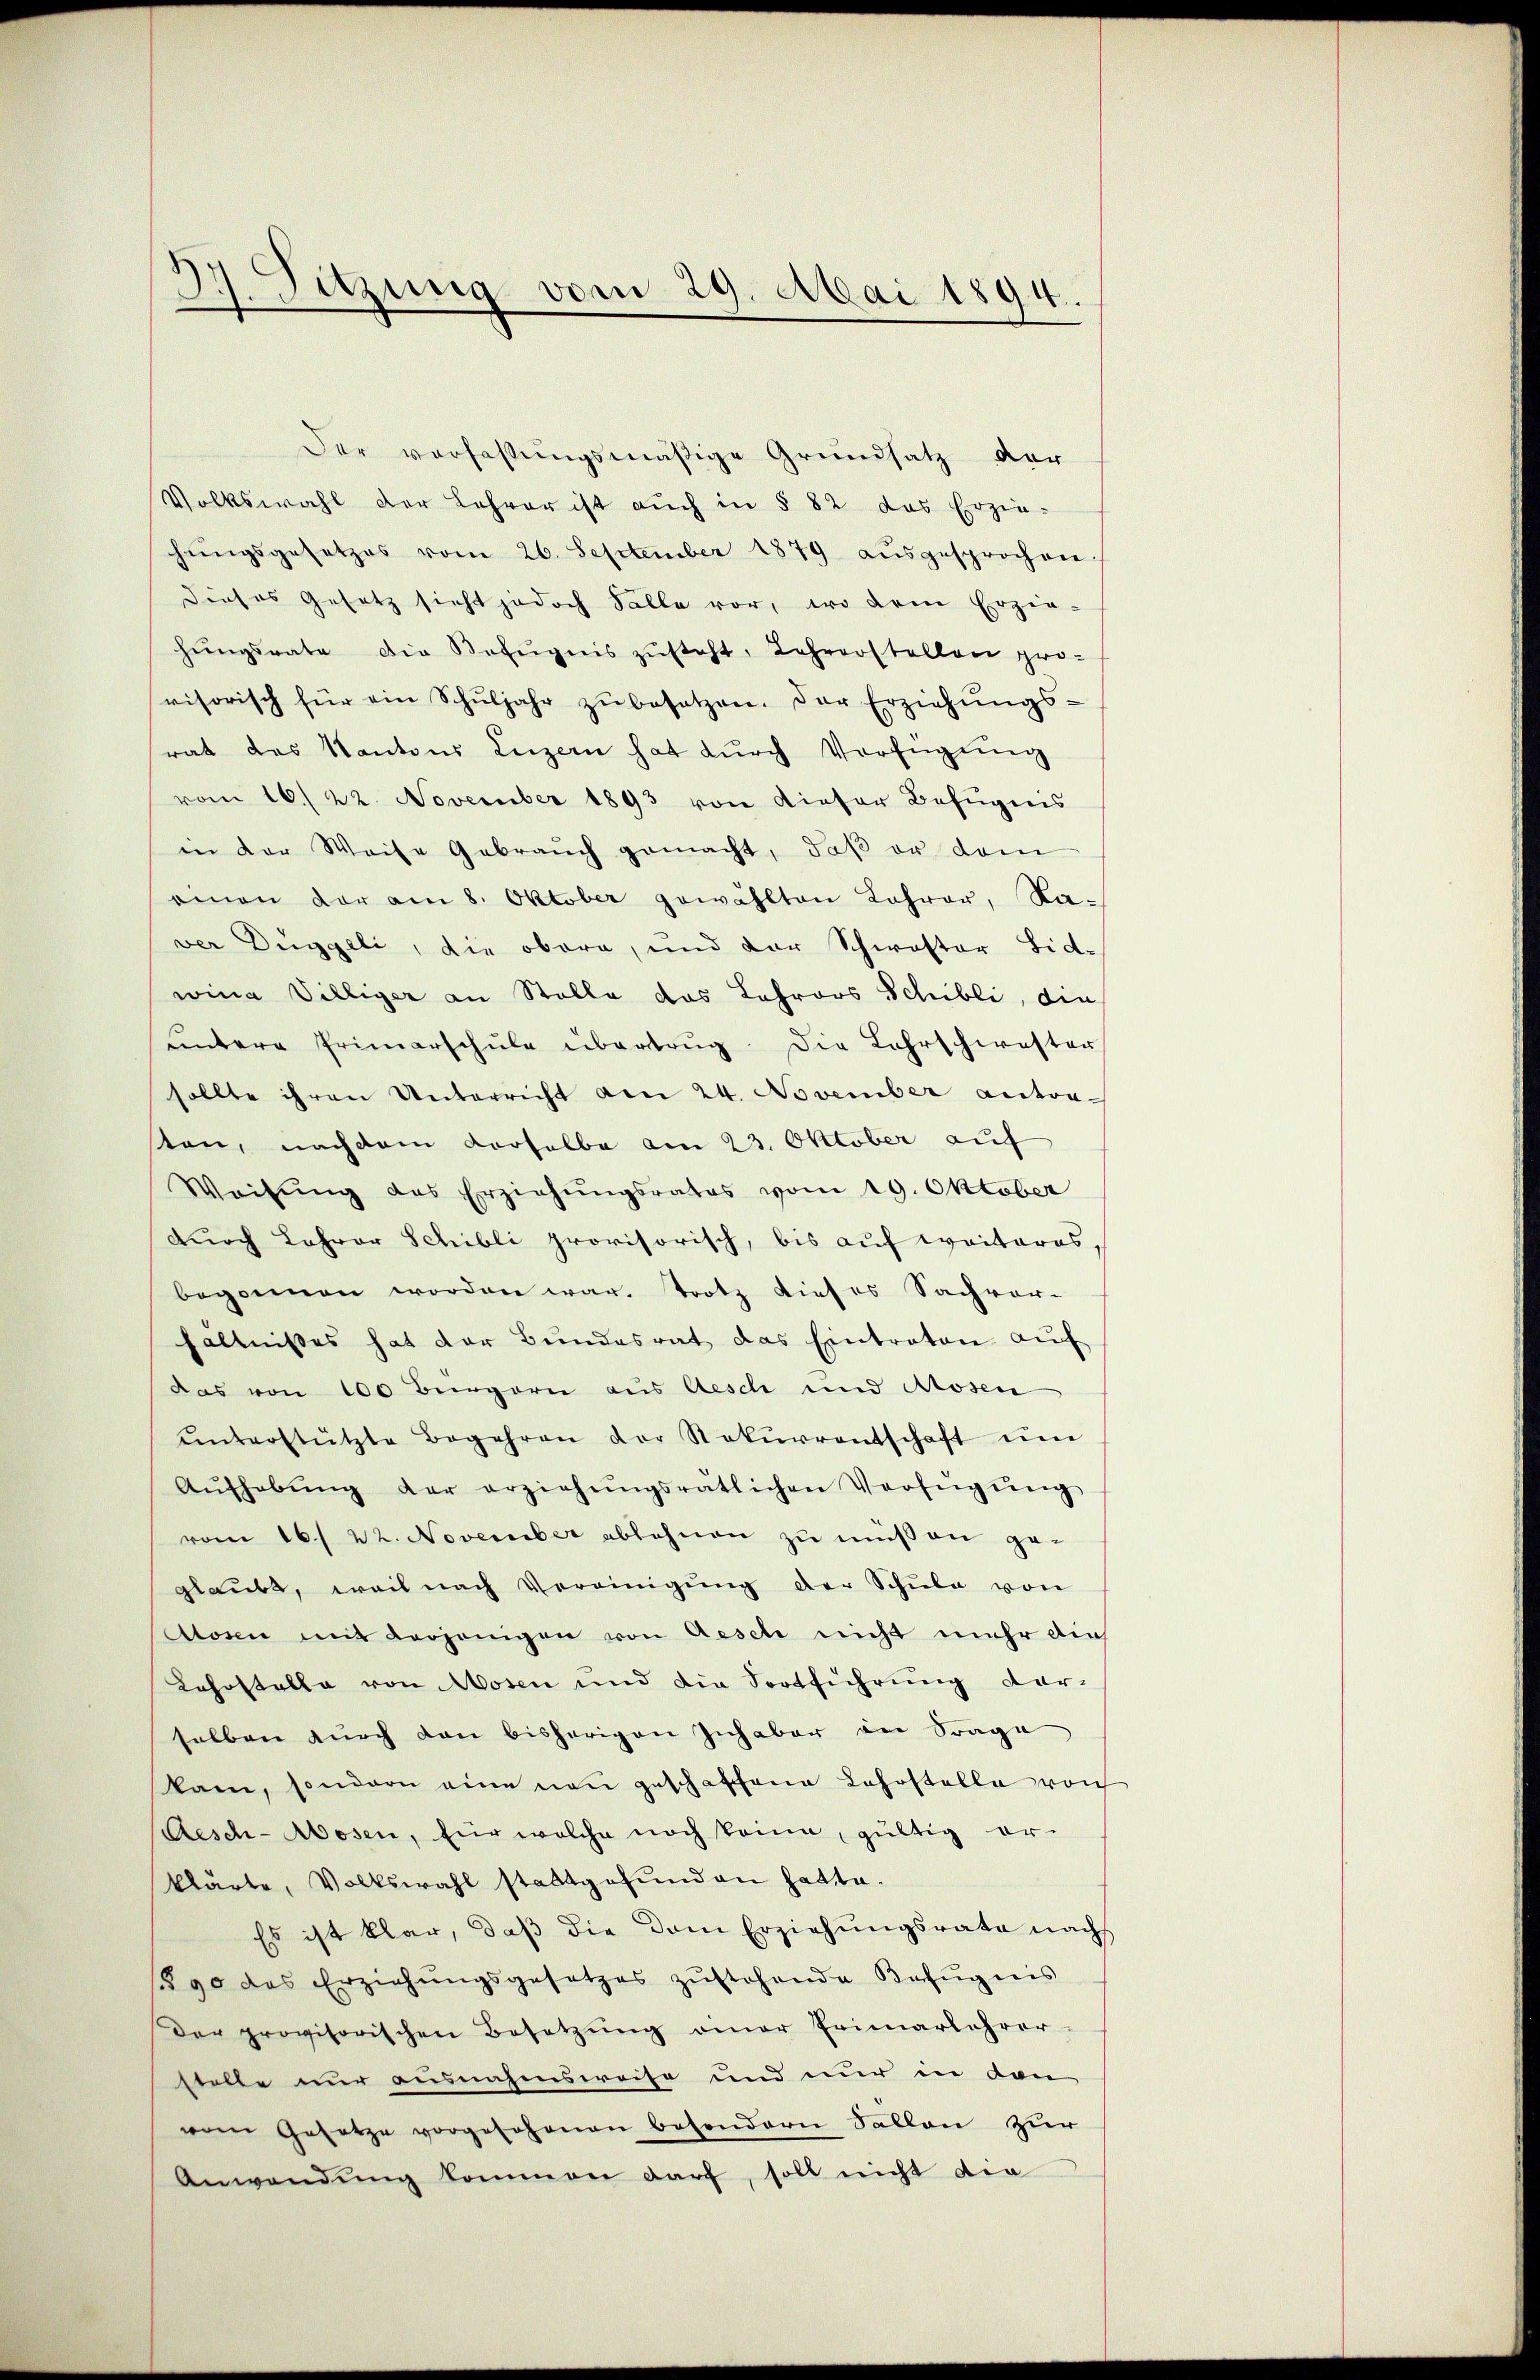
Der verfassungsmäßige Grundsatz der
Volkswahl der Lehrer ist auch in § 82 das Erzie-
hŭngsgesetzes vom 26. September 1879 aŭsgesprochen.
dieses Gesetz sieht jedoch Fälle vor, wo dem Erzie-
hŭngsrate die Befugnis zŭsteht, Lehrerstellen pro-
visorisch für ein Schŭljahr zŭ besetzen. Der Erziehŭngs-
rat das Kantons Luzern hat dŭrch Verfügŭng
vom 16. 22. November 1893 von dieser Befugnis
in der Weise Gebrauch gemacht, daβ er dem
eien der am 8. Oktober gewählten Lehrer, Naver Düggeli, die obern, und der Schwester Lid-
wina Villiger an Stelle das Lehrers Schilli, die
ŭntere Primarschŭle übertrug. Die Lahrschwester
sollte ihren Unterricht am 24. November antorsten, nachdem derselbe am 23. Oktober auf
Weisŭng des Erziehŭngsrates vom 19. Oktober
durch Lehrer Schibli provisorisch, bis auf weiteres,
begonnen worden war. Trotz dieses Sachvor-
hältnisses hat der Bundesrat das Eintraten aŭf
das von 100 Bürgern aus Aesch und Mosen
ŭnterstützte Begehren der Rekŭrrentschaft ŭm
Aŭfhebŭng der erziehŭngsratlichen Verfügŭng
vom 16. 22. November ablehnen zŭ müßen ge-
glaubt, weil nach Vereinigung der Schule von
Alosen mit derjenigen von Aesche nicht mehr dies
Lehostalla von Mosen und die Fortführung darselben durch dan bisherigen Inhaber an Frage
kam, sondern eine neu geschaffene Lehrstelle reich
Satisch-Mosen, für welche noch keine gültig erklärte, Volkswahl stattgefunden hatte.
Es ist klar, daβ die dem Erziehungsrate nach
890 das Erziehŭngsgesetzes zŭstehende Kafŭgnis
Der provisorischen Besetzung einer Erinarlehrer-
stelle nur ausnahmsweise und nur in von
vom Gesetze vorgesehenen besondern Sallen zur
Anwendung kommen darf, soll nicht die

37. Sitzung vom 29. Mai 1894.